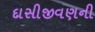
દાસીજીવણની